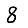
Digit: 8